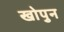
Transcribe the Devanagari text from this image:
खोपुन